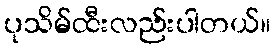
ပုသိမ်ထီးလည်းပါတယ်။